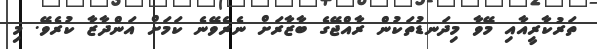
ތަރުކާރީއާއި މޭވާ މިދަނޑުތަކުން ރާއްޖޭގެ ބާޒާރަށް ނެރެވޭނެ ކަމަށް އަންދާޒާ ކުރެވޭ. މި